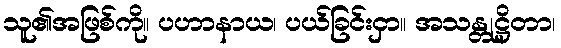
သူ၏အဖြစ်ကို။ ပဟာနာယ၊ ပယ်ခြင်းငှာ။ အသန္တုဋ္ဌိတာ၊